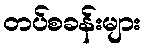
တပ်စခန်းများ